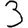
Digit: 3